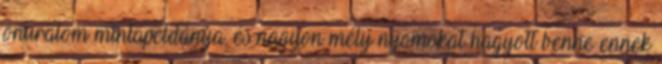
önuralom mintapéldánya, és nagyon mély nyomokat hagyott benne ennek